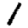
Digit: 1